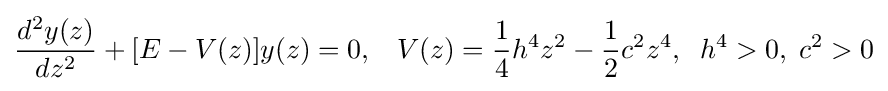
{\frac {d^{2}y(z)}{dz^{2}}}+[E-V(z)]y(z)=0,\;\;\;V(z)={\frac {1}{4}}h^{4}z^{2}-{\frac {1}{2}}c^{2}z^{4},\;\;h^{4}>0,\;c^{2}>0